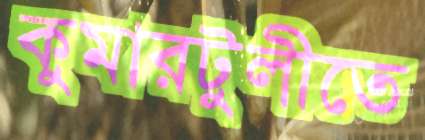
কুমারটুলীতে